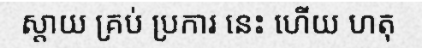
ស្តាយ គ្រប់ ប្រការ នេះ ហើយ ហតុ